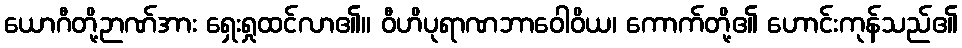
ယောဂီတို့ဉာဏ်အား ရှေးရှုထင်လာ၏။ ဝီဟိပုရာဏဘာဝေါဝိယ၊ ကောက်တို့၏ ဟောင်းကုန်သည်၏